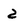
Character: z